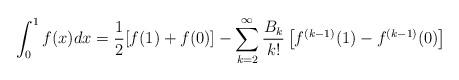
LaTeX: \begin{align*} \int_0^1 f(x)dx = \frac{1}{2} [f(1)+f(0)] - \sum\limits_{k = 2}^\infty \frac{B_{k}}{k!} \left[f^{(k - 1)}(1) - f^{(k - 1)}(0) \right] \end{align*}